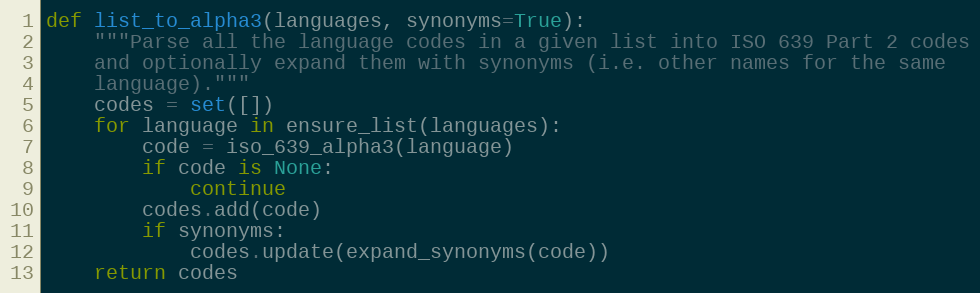
Language: Python
def list_to_alpha3(languages, synonyms=True):
    """Parse all the language codes in a given list into ISO 639 Part 2 codes
    and optionally expand them with synonyms (i.e. other names for the same
    language)."""
    codes = set([])
    for language in ensure_list(languages):
        code = iso_639_alpha3(language)
        if code is None:
            continue
        codes.add(code)
        if synonyms:
            codes.update(expand_synonyms(code))
    return codes